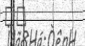
٤٣